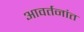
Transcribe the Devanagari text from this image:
आवर्तनांत